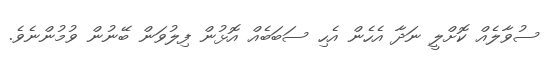
ސުވާލެއް ކޮށްލީ ނަދާ އެހެން އެހި ސަބަބެއް އޮޅުން ފިލުވަން ބޭނުން ވުމުންނެވެ.